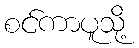
စင်ကာပူသို့